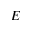
E